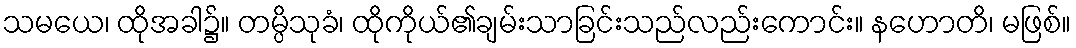
သမယေ၊ ထိုအခါ၌။ တမ္ပိသုခံ၊ ထိုကိုယ်၏ချမ်းသာခြင်းသည်လည်းကောင်း။ နဟောတိ၊ မဖြစ်။